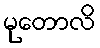
မုတောလိ